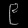
Digit: ၉